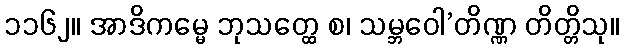
၁၁၆၂။ အာဒိကမ္မေ ဘုသတ္ထေ စ၊ သမ္ဘဝေါ’တိဏ္ဏ တိတ္တိသု။